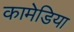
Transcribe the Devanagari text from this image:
कामेडिया